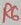
Text: R6